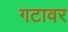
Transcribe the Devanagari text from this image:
गटावर